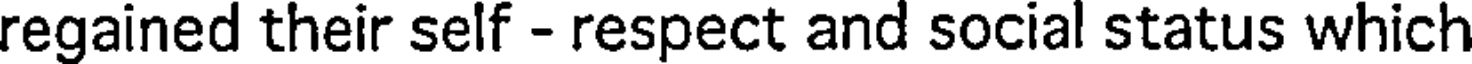
regained their self - respect and social status which